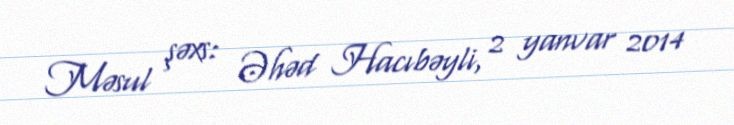
Məsul şəxs: Əhəd Hacıbəyli, 2 yanvar 2014